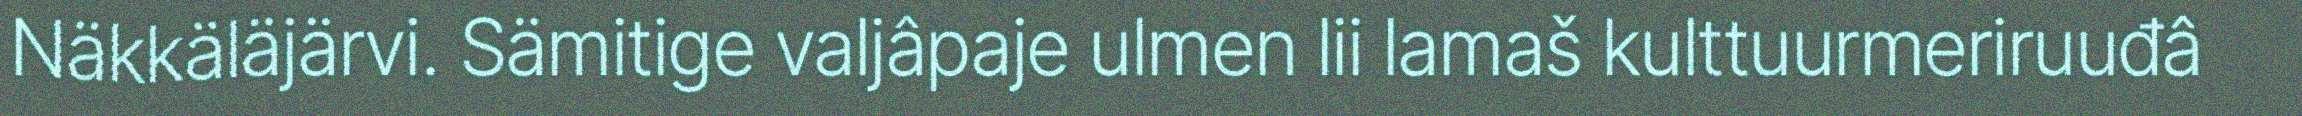
Näkkäläjärvi. Sämitige valjâpaje ulmen lii lamaš kulttuurmeriruuđâ